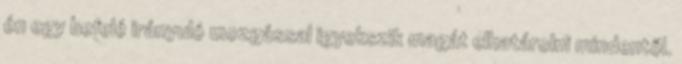
én egy befelé irányuló mozgással igyekszik magát elhatárolni mindentől.